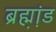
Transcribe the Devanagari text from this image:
ब्रह्म़ा़ंड